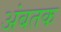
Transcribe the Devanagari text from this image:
अंबतक